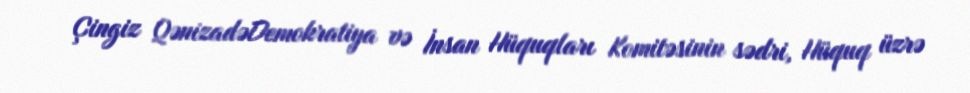
Çingiz QənizadəDemokratiya və İnsan Hüquqları Komitəsinin sədri, Hüquq üzrə